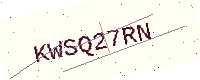
Text: KWSQ27RN